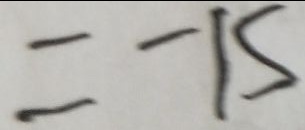
= - 1 5